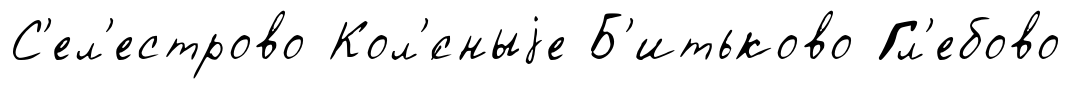
С'ел'естрово Кол'́сныjе Б'итьково Гл'ебово